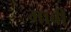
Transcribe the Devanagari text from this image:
माबी